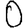
Digit: 0